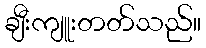
ချီးကျူးတတ်သည်။